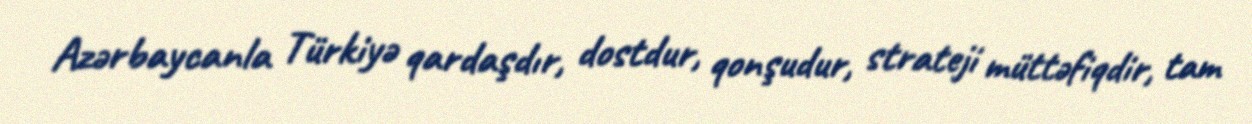
Azərbaycanla Türkiyə qardaşdır, dostdur, qonşudur, strateji müttəfiqdir, tam